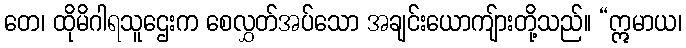
တေ၊ ထိုမိဂါရသူဌေးက စေလွှတ်အပ်သော အချင်းယောကျ်ားတို့သည်။ “ဣမာယ၊